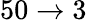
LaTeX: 50\rightarrow 3